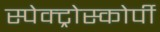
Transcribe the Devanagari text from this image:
स्‍पेक्‍ट्रोस्‍कोर्पी